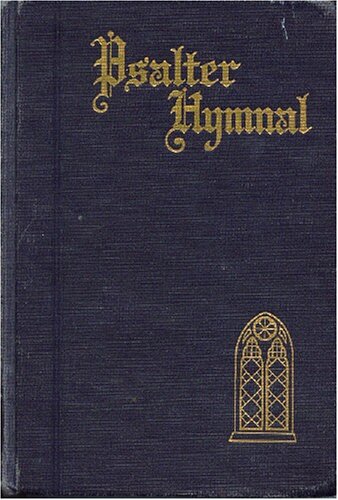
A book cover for Psalter Hymnal Centennial Edition - Doctrinal Standards and Liturgy Of The Christian Reformed Church; Anonymous; Christian Books & Bibles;